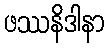
ဖဿနိဒါနာ